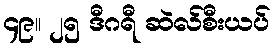
၄၉။ ၂၅ ဒီဂရီ ဆဲလ်စီးယပ်